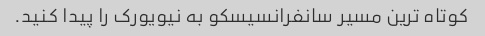
کوتاه ترین مسیر سانفرانسیسکو به نیویورک را پیدا کنید.